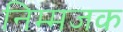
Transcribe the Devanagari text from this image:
निम्मजक